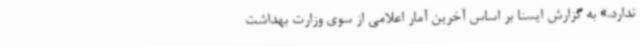
ندارد.» به گزارش ایسنا بر اساس آخرین آمار اعلامی از سوی وزارت بهداشت